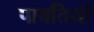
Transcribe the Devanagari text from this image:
पावतियों